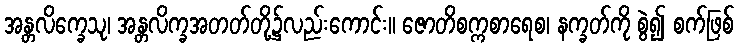
အန္တလိက္ခေသု၊ အန္တလိက္ခအတတ်တို့၌လည်းကောင်း။ ဇောတိစက္ကစာရေစ၊ နက္ခတ်ကို စွဲ၍ စက်ဖြစ်